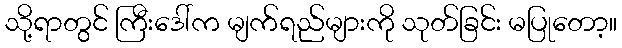
သို့ရာတွင် ကြီးဒေါ်က မျက်ရည်များကို သုတ်ခြင်း မပြုတော့။